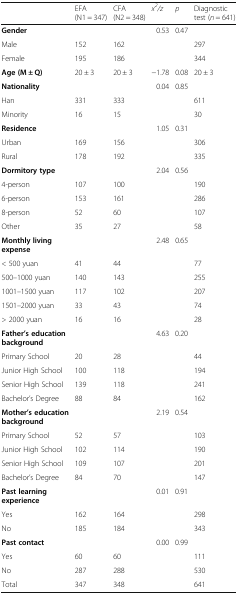
<table><thead><tr><td></td><td><b>EFA (N1 = 347)</b></td><td><b>CFA (N2 = 348)</b></td><td><b><i>x</i><sup><i>2</i></sup><i>/z</i></b></td><td><b><i>p</i></b></td><td><b>Diagnostic test (<i>n</i> = 641)</b></td></tr></thead><tbody><tr><td><b>Gender</b></td><td></td><td></td><td>0.53</td><td>0.47</td><td></td></tr><tr><td>Male</td><td>152</td><td>162</td><td></td><td></td><td>297</td></tr><tr><td>Female</td><td>195</td><td>186</td><td></td><td></td><td>344</td></tr><tr><td><b>Age (M ± Q)</b></td><td>20 ± 3</td><td>20 ± 3</td><td>−1.78</td><td>0.08</td><td>20 ± 3</td></tr><tr><td><b>Nationality</b></td><td></td><td></td><td>0.04</td><td>0.85</td><td></td></tr><tr><td>Han</td><td>331</td><td>333</td><td></td><td></td><td>611</td></tr><tr><td>Minority</td><td>16</td><td>15</td><td></td><td></td><td>30</td></tr><tr><td><b>Residence</b></td><td></td><td></td><td>1.05</td><td>0.31</td><td></td></tr><tr><td>Urban</td><td>169</td><td>156</td><td></td><td></td><td>306</td></tr><tr><td>Rural</td><td>178</td><td>192</td><td></td><td></td><td>335</td></tr><tr><td><b>Dormitory type</b></td><td></td><td></td><td>2.04</td><td>0.56</td><td></td></tr><tr><td>4-person</td><td>107</td><td>100</td><td></td><td></td><td>190</td></tr><tr><td>6-person</td><td>153</td><td>161</td><td></td><td></td><td>286</td></tr><tr><td>8-person</td><td>52</td><td>60</td><td></td><td></td><td>107</td></tr><tr><td>Other</td><td>35</td><td>27</td><td></td><td></td><td>58</td></tr><tr><td><b>Monthly living expense</b></td><td></td><td></td><td>2.48</td><td>0.65</td><td></td></tr><tr><td>&lt; 500 yuan</td><td>41</td><td>44</td><td></td><td></td><td>77</td></tr><tr><td>500–1000 yuan</td><td>140</td><td>143</td><td></td><td></td><td>255</td></tr><tr><td>1001–1500 yuan</td><td>117</td><td>102</td><td></td><td></td><td>207</td></tr><tr><td>1501–2000 yuan</td><td>33</td><td>43</td><td></td><td></td><td>74</td></tr><tr><td>&gt; 2000 yuan</td><td>16</td><td>16</td><td></td><td></td><td>28</td></tr><tr><td><b>Father’s education background</b></td><td></td><td></td><td>4.63</td><td>0.20</td><td></td></tr><tr><td>Primary School</td><td>20</td><td>28</td><td></td><td></td><td>44</td></tr><tr><td>Junior High School</td><td>100</td><td>118</td><td></td><td></td><td>194</td></tr><tr><td>Senior High School</td><td>139</td><td>118</td><td></td><td></td><td>241</td></tr><tr><td>Bachelor’s Degree</td><td>88</td><td>84</td><td></td><td></td><td>162</td></tr><tr><td><b>Mother’s education background</b></td><td></td><td></td><td>2.19</td><td>0.54</td><td></td></tr><tr><td>Primary School</td><td>52</td><td>57</td><td></td><td></td><td>103</td></tr><tr><td>Junior High School</td><td>102</td><td>114</td><td></td><td></td><td>190</td></tr><tr><td>Senior High School</td><td>109</td><td>107</td><td></td><td></td><td>201</td></tr><tr><td>Bachelor’s Degree</td><td>84</td><td>70</td><td></td><td></td><td>147</td></tr><tr><td><b>Past learning experience</b></td><td></td><td></td><td>0.01</td><td>0.91</td><td></td></tr><tr><td>Yes</td><td>162</td><td>164</td><td></td><td></td><td>298</td></tr><tr><td>No</td><td>185</td><td>184</td><td></td><td></td><td>343</td></tr><tr><td><b>Past contact</b></td><td></td><td></td><td>0.00</td><td>0.99</td><td></td></tr><tr><td>Yes</td><td>60</td><td>60</td><td></td><td></td><td>111</td></tr><tr><td>No</td><td>287</td><td>288</td><td></td><td></td><td>530</td></tr><tr><td>Total</td><td>347</td><td>348</td><td></td><td></td><td>641</td></tr></tbody></table>